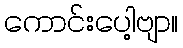
ကောင်းပေါ့ဗျာ။